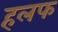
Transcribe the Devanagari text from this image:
हलफ